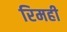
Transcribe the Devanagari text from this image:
रिमही